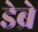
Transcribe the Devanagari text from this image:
डेब्रे